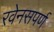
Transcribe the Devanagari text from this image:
रवेनसपर्ण